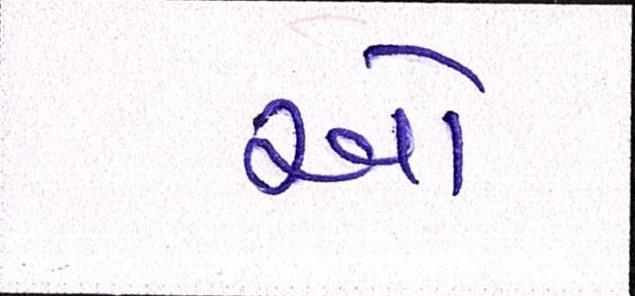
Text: ઓ